Madras plague regulations and rules - Volume 2
Disease focus: Plague
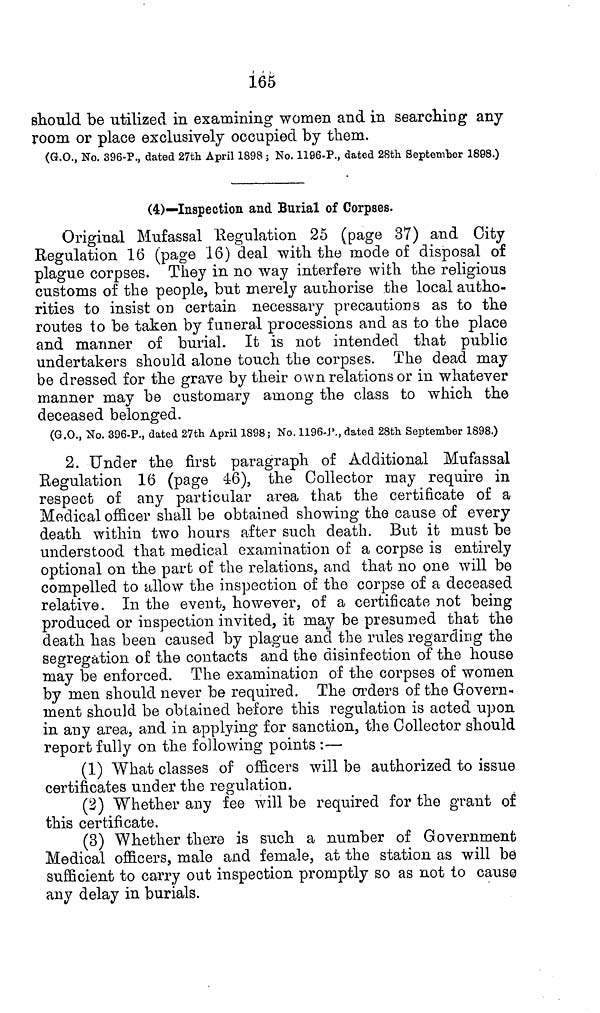
165
should be utilized in examining women and in searching any
room or place exclusively occupied by them.
(G.O., No. 396-P., dated 27th April 1898 ; No. 1196-P., dated 28th September 1898.)
(4)—Inspection and Burial of Corpses.
Original Mufassal Regulation 25 (page 37) and City
Regulation 16 (page 16) deal with the mode of disposal of
plague corpses. They in no way interfere with the religious
customs of the people, but merely authorise the local autho-
rities to insist on certain necessary precautions as to the
routes to be taken by funeral processions and as to the place
and manner of burial. It is not intended that public
undertakers should alone touch the corpses. The dead may
be dressed for the grave by their own relations or in whatever
manner may be customary among the class to which the
deceased belonged.
(G.O., No. 396-P., dated 27th April 1898; No. 1196-P., dated 28th September 1898.)
2. Under the first paragraph of Additional Mufassal
Regulation 16 (page 46), the Collector may require in
respect of any particular area that the certificate of a
Medical officer shall be obtained showing the cause of every
death within two hours after such death. But it must be
understood that medical examination of a corpse is entirely
optional on the part of the relations, and that 110 one will be
compelled to allow the inspection of the corpse of a deceased
relative. In the event, however, of a certificate not being
produced or inspection invited, it may be presumed that the
death has been caused by plague and the rules regarding the
segregation of the contacts and the disinfection of the house
may be enforced. The examination of the corpses of women
by men should never be required. The orders of the Govern-
ment should be obtained before this regulation is acted upon
in any area, and in applying for sanction, the Collector should
report fully on the following points :—
(1) What classes of officers will be authorized to issue
certificates under the regulation.
(2) Whether any fee will be required for the grant of
this certificate.
(3) Whether there is such a number of Government
Medical officers, male and female, at the station as will be
sufficient to carry out inspection promptly so as not to cause
any delay in burials.